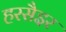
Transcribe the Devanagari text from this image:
हरसैइर